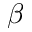
\beta